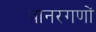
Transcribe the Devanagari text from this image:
वानरगणों